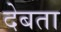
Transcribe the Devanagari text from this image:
देबता